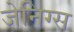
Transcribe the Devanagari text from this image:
जेनिग्स